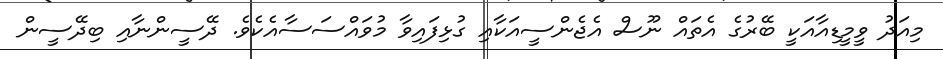
މިއަދު ވީމީޑިއާއަކީ ބޭރުގެ އެތައް ނޫސް އެޖެންސީއަކާއި ގުޅިފައިވާ މުވައްސަސާއެކެވެ. ދޭސީންނާއި ބިދޭސީން